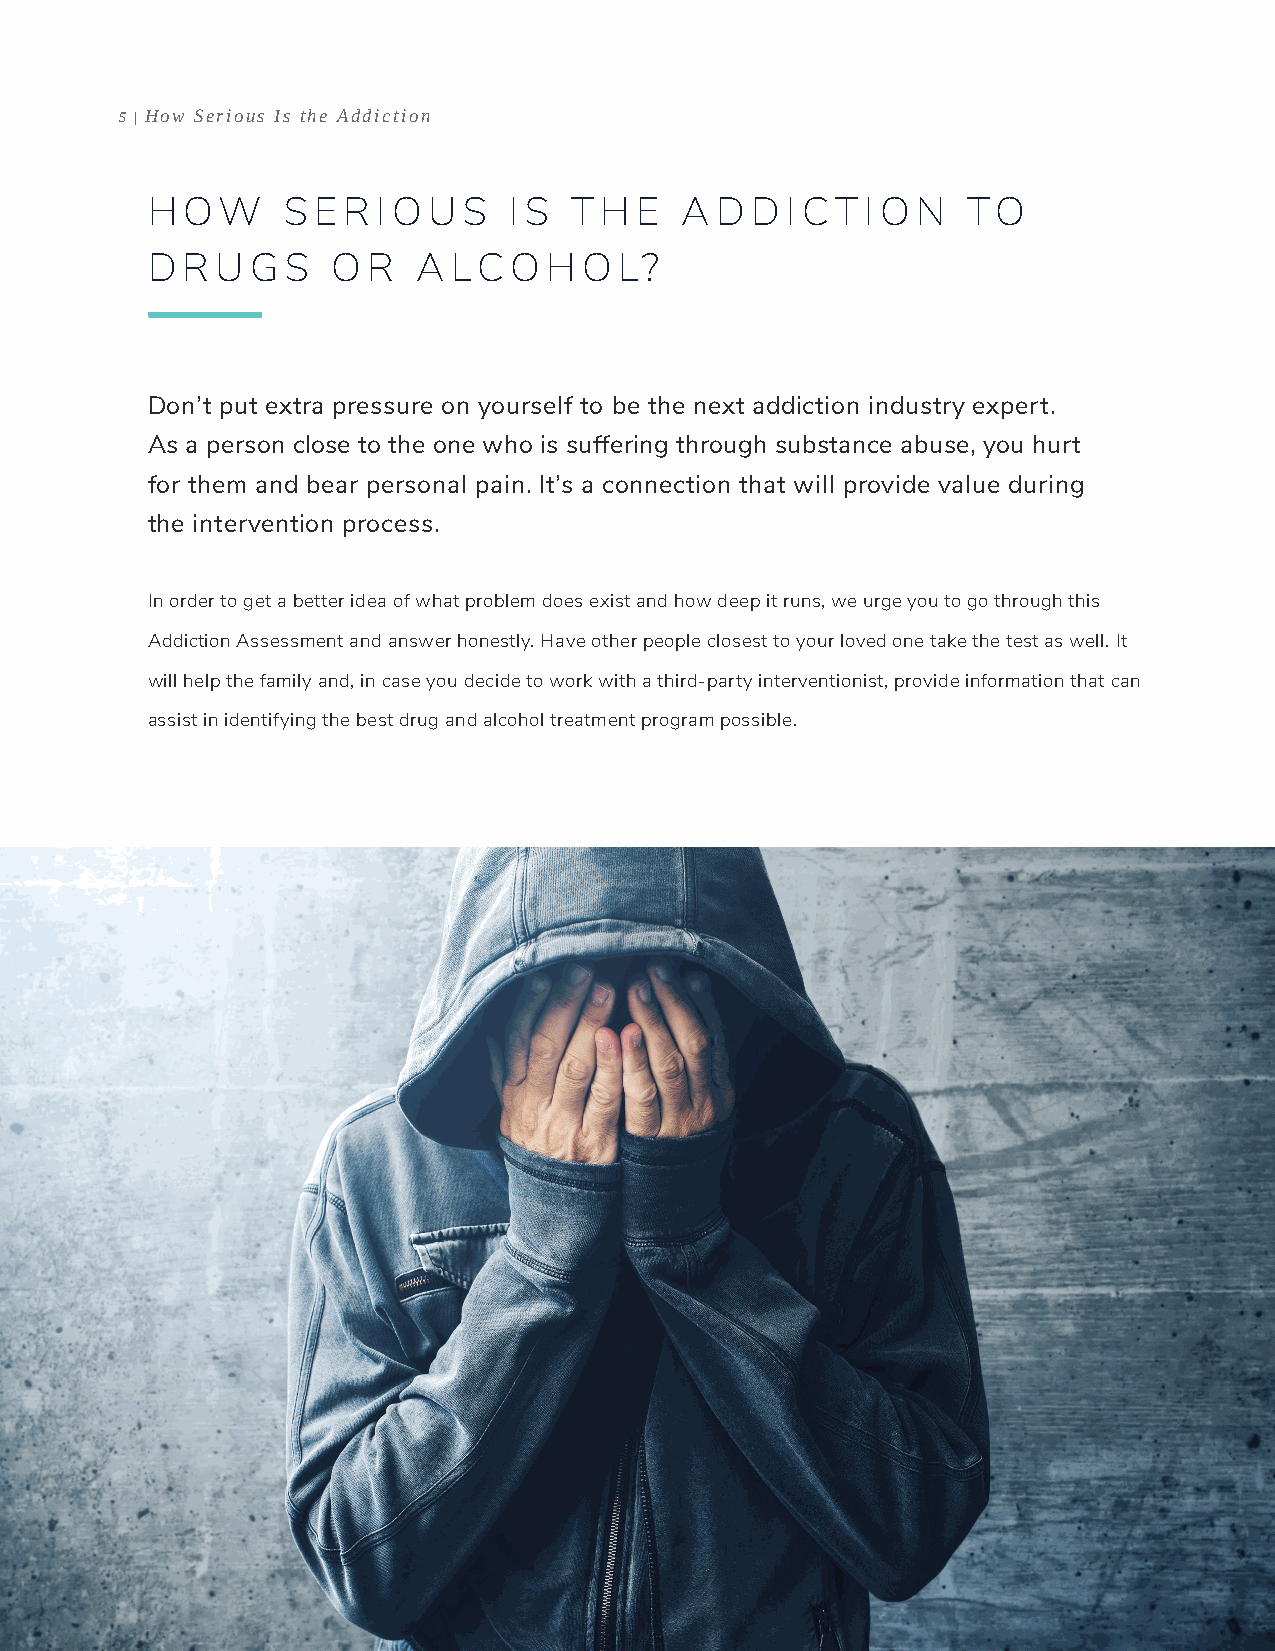
5 | How Serious Is the Addiction
 H OW     S E R I O U S  I S T H E  A D  D I CT I O N  TO
 D R U  G S  O R   A LCO   H  O L?
 Don’t put extra pressure on yourself to be the next addiction industry expert.
 As a person close to the one who is suffering through substance abuse, you hurt
 for them and bear personal pain. It’s a connection that will provide value during
 the intervention process.
 In order to get a better idea of what problem does exist and how deep it runs, we urge you to go through this
 Addiction Assessment and answer honestly. Have other people closest to your loved one take the test as well. It
 will help the family and, in case you decide to work with a third-party interventionist, provide information that can
 assist in identifying the best drug and alcohol treatment program possible.